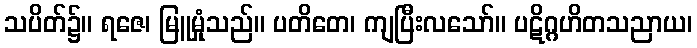
သပိတ်၌။ ရဇေ၊ မြူမှုံသည်။ ပတိတေ၊ ကျပြီးလသော်။ ပဋိဂ္ဂဟိတသညာယ၊